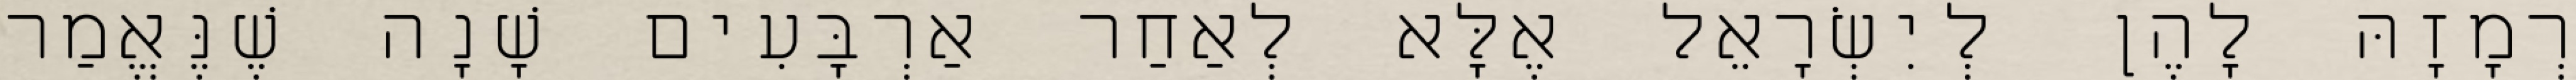
רְמָזָהּ לָהֶן לְיִשְׂרָאֵל אֶלָּא לְאַחַר אַרְבָּעִים שָׁנָה שֶׁנֶּאֱמַר